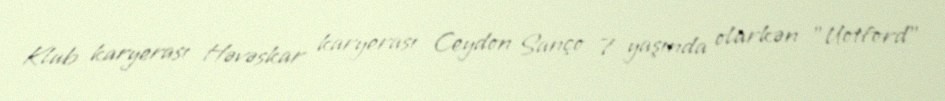
Klub karyerası Həvəskar karyerası Ceydon Sanço 7 yaşında olarkən "Uotford"